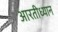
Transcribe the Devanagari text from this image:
आरतीध्यान